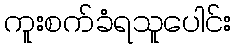
ကူးစက်ခံရသူပေါင်း